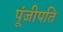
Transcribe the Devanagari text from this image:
पूंजीपति